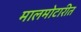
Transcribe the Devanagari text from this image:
मालमोटारीत